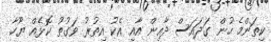
ކިތަންމެ ހުން ގަދައަސް ދާއިން އާއި އެކު އިތުރު ވަގުތު ކޮޅެއް ޔޫހާ